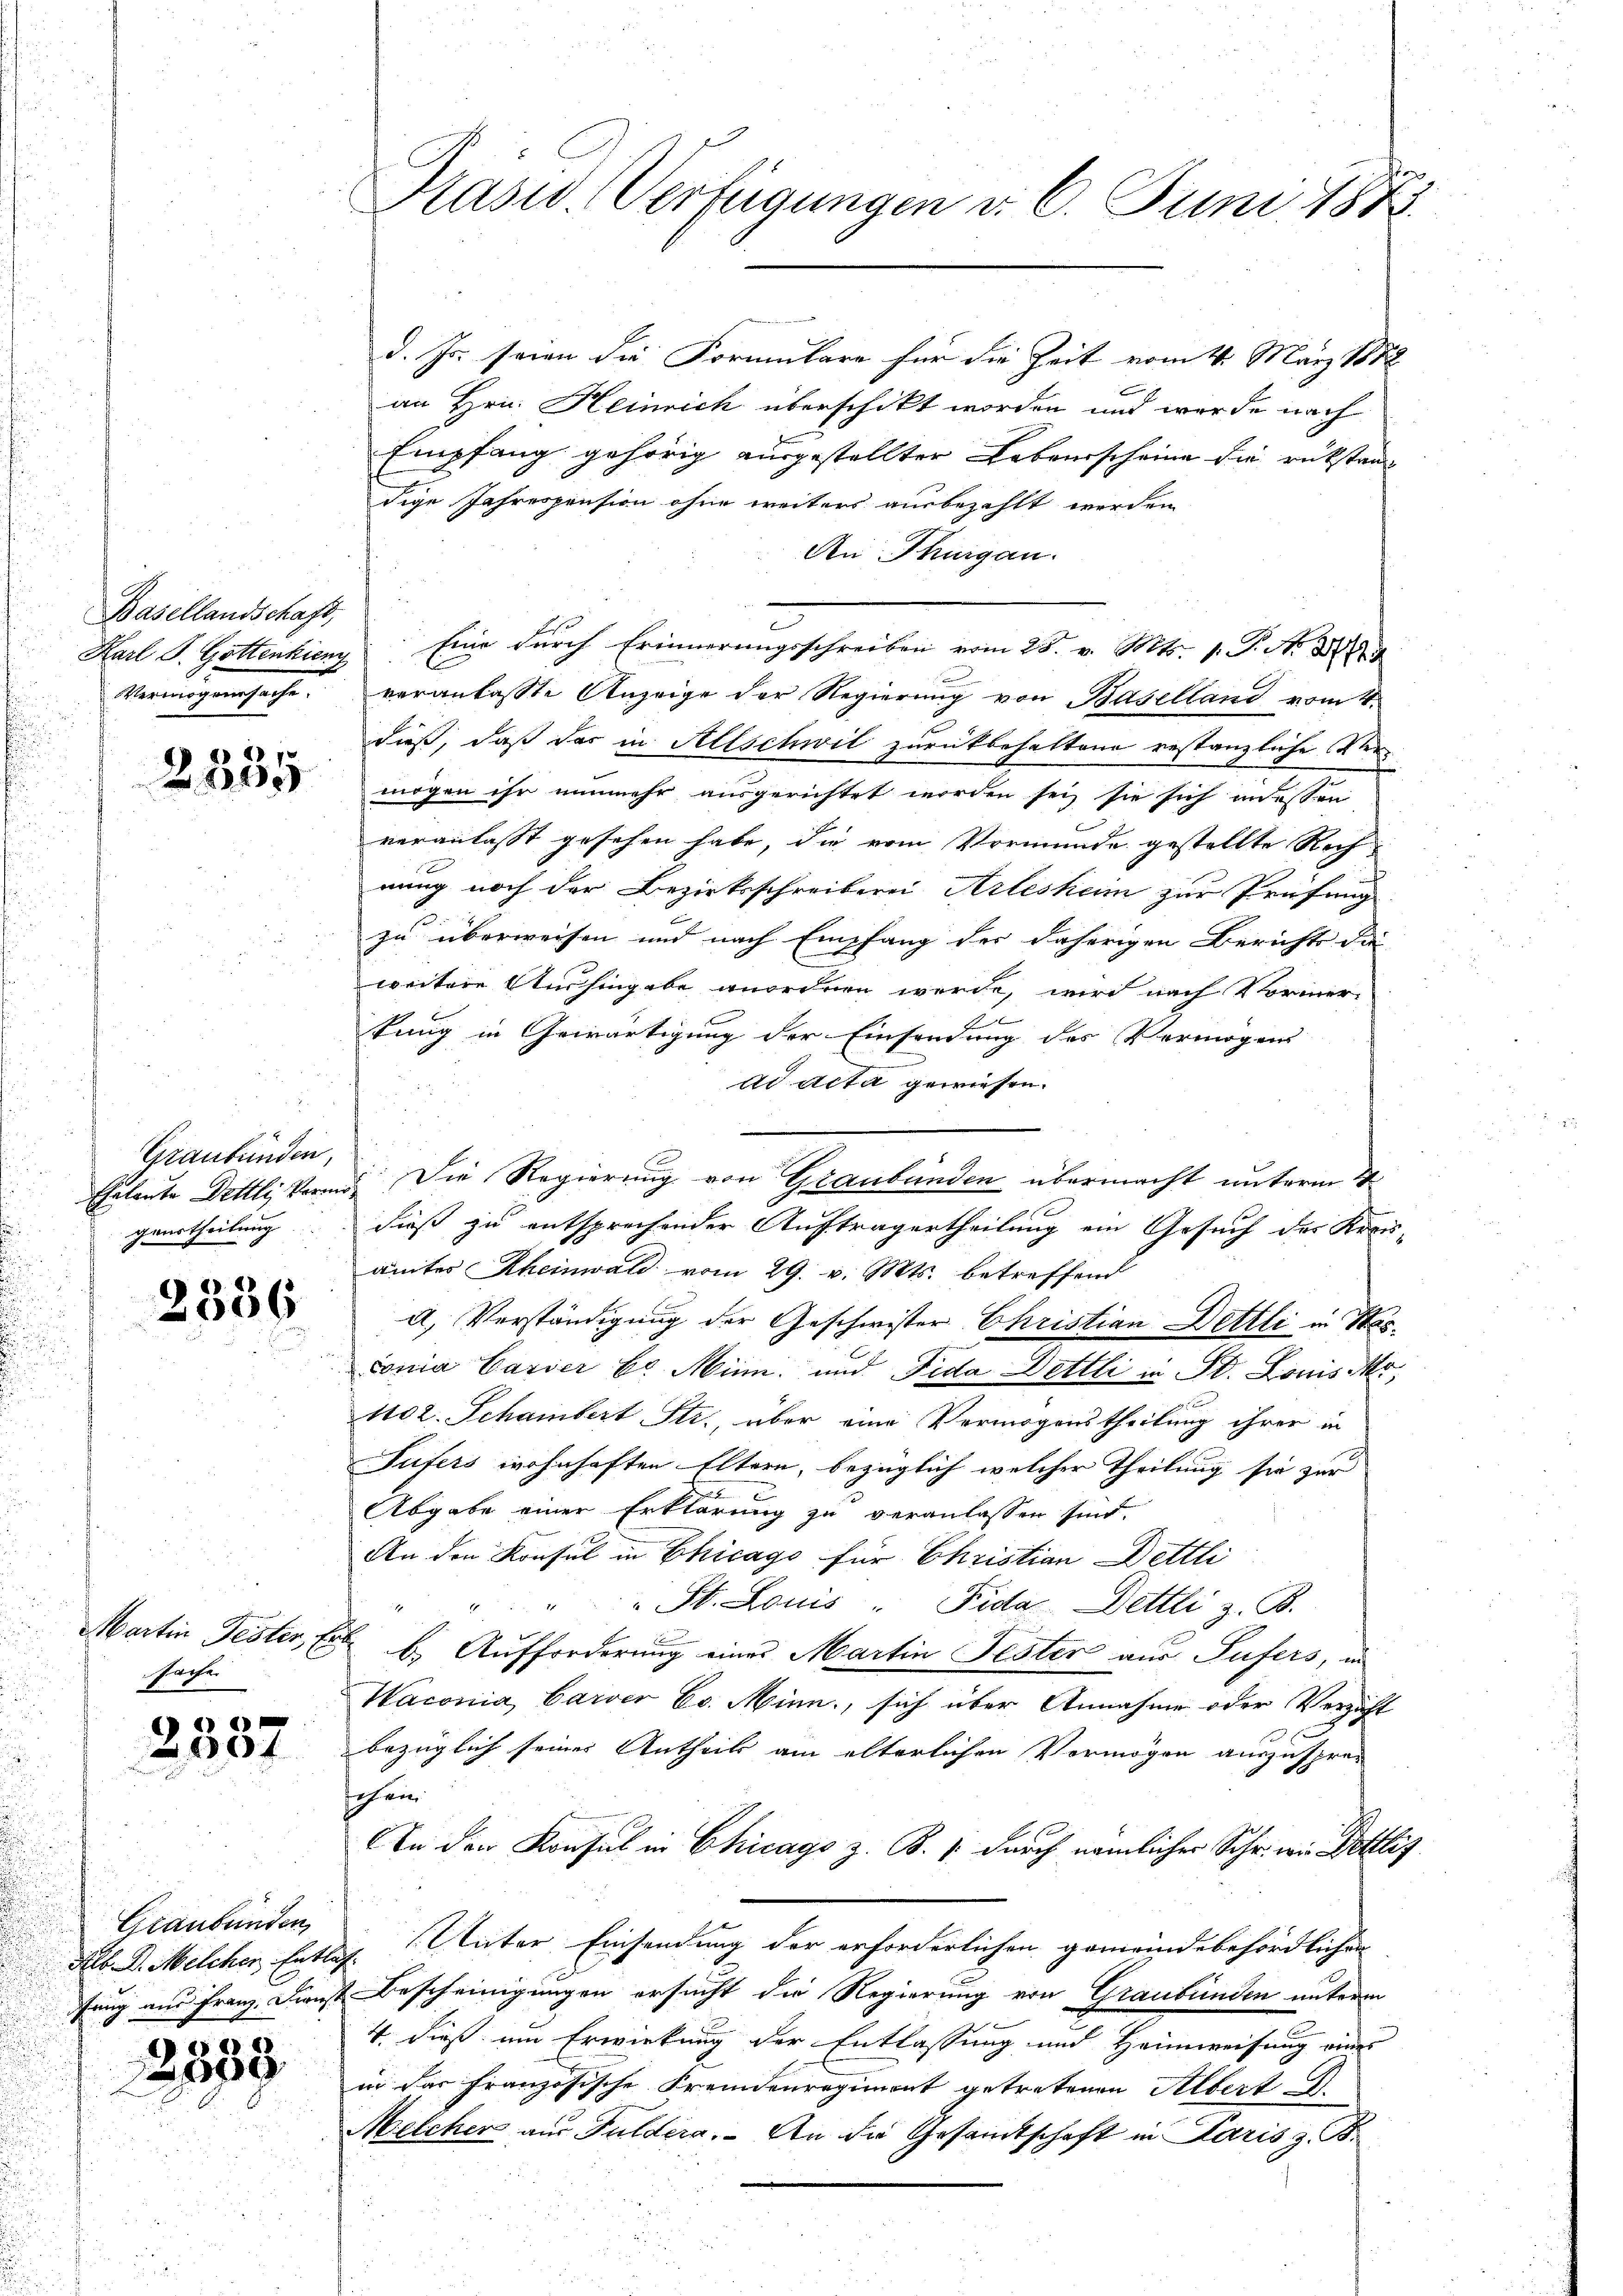
Basellandschaft,
Vermögensache.

e) 11 7
200

Graubünden,
gaustheilung

2356

Martin Fester, En
sache

0f

Graubünden,
Alb. D. Melcher Entle
fung aus Franz, Dienst

55
9

Prasis Verfügungen d. 6. Juni 1872.

d. Js. seien die Formulare für die Zeit vom 4. März 1888.
an Hrn. Heinrich überschikt worden und werde nach
Empfang gehörig ausgestellter Lebensscheine die rükstand
dige Jahrespension ohne weiters ausbezahlt werden
An Thurgau.
Karl S. Gottenkiere Eine durch Erinnerungsschreiben vom 25. v. Mts. v. P. Nr. 351
F
veranlasste Anzeige der Regierung von Baselland vom 4
dieß, daß das in Allschwil zurückbehaltene restanzliche Vermögen ihr nunmehr ausgerichtet worden sei, sie sich indessen
veranlasst gesehen habe, die vom Vormunde gestellte Rech
nung noch der Bezirksschreiberei Arlesheim zur Prüfung
zu überweisen und nach Empfang des daherigen Berichts di
weitere Aushingabe anordnen werde, wird nach Vormer-
tung in Gewärtigung der Einsendung des Vermögens
ad acta gewiesen.
Eheleute Dettli verme Die Regierung von Graubünden übermacht unterm 2
dieß zu entsprechender Auftragertheilung ein Gesuch des Kreisämter Rheinwald vom 29. v. Mts. betreffend
a) Verständigung der Geschwister Christian Dettli in Wasconia Casser E. Minn. und Fida Dettli in St. Louis Mo¬
Noz. Schambert Str., über eine Vermögenstheilung ihrer in
Tufers wohnhaften Eltern, bezüglich welcher Theilung sie zur
Abgabe einer Erklärung zu veranlassen sind.
An den Konsul in Chicago für Christian Dettli
" St. Louis " Fida Dettli z. B.

b. Aufforderung eines Martin Fester aus Sufers, in
Waconia, Carver Co. Minn, sich über Annahme oder Verzähl
1
bezüglich seines Antheil am elterlichen Vermögen auszusprec
schen
In den Konsul in Chicago z. B. /. durch nämlicher Schr. wie Dettlis
Unter Einsendung der erforderlichen gemeindebehördlichen
d
Bescheinigungen ersucht die Regierung von Graubünden unterm
4. dieß um Erwirkung der Entlassung und Heimweisung eines
in das Französische Fremdenregiment getretenen Albert d.
Melcher aus Fuldera. An die Gesamtschaft in Paris z. B.